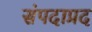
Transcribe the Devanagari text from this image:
संपदाप्रद